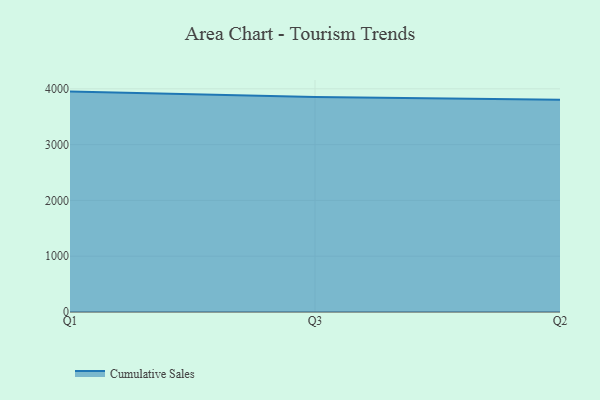
{"axis": {"x": "Quarter", "y": "Gross Profit (USD K)"}, "legend": ["Cumulative Sales"], "data": [{"x": "Q1", "y": 3950.6, "type": "Cumulative Sales"}, {"x": "Q3", "y": 3855.0, "type": "Cumulative Sales"}, {"x": "Q2", "y": 3805.1, "type": "Cumulative Sales"}]}